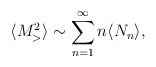
\begin{align*}\langle M_>^2 \rangle \sim \sum_{n=1}^{\infty} n \langle N_{n} \rangle,\end{align*}